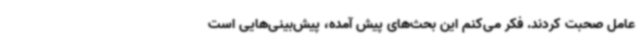
عامل صحبت کردند. فکر می‌کنم این بحث‌های پیش آمده، پیش‌بینی‌هایی است